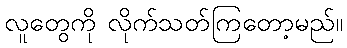
လူတွေကို လိုက်သတ်ကြတော့မည်။